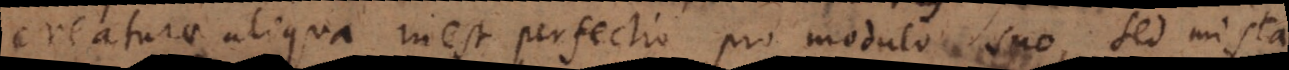
creaturae aliqua inest perfectio pro modulo suo, sed mista